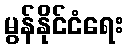
မွန်နိုင်ငံရေး